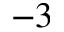
^ { - 3 }